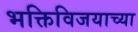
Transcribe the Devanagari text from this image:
भक्तिविजयाच्या